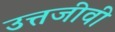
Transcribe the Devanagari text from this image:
उत्तजीवी